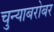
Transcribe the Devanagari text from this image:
चुन्याबरोबर